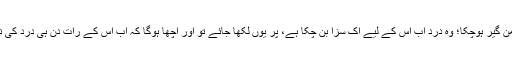
یہ درد اُس کو دامن گیر ہوچکا؛ وہ درد اب اس کے لیے اک سزا بن چکا ہے، پر یوں لکھا جائے تو اور اچھا ہوگا کہ اب اُس کے رات دن ہی درد کی نذر ہو چکے ہیں۔